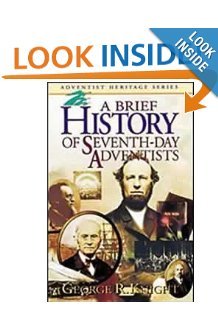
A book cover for A Brief History of Seventh-Day Adventists (Adventist heritage series); George R. Knight; Christian Books & Bibles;